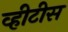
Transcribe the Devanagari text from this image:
व्हीटीस